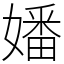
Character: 嬏